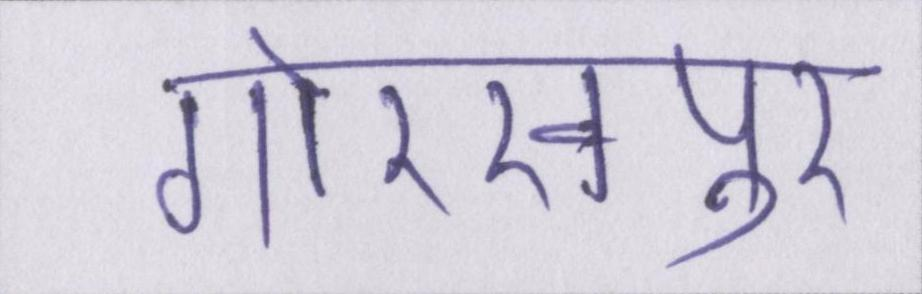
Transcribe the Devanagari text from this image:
गोरखपुर